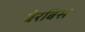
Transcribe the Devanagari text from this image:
बेरबिस